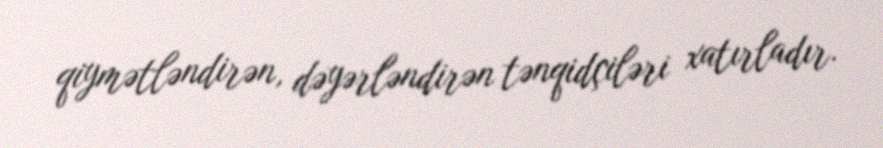
qiymətləndirən, dəyərləndirən tənqidçiləri xatırladır.